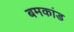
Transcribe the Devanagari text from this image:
बमकांड